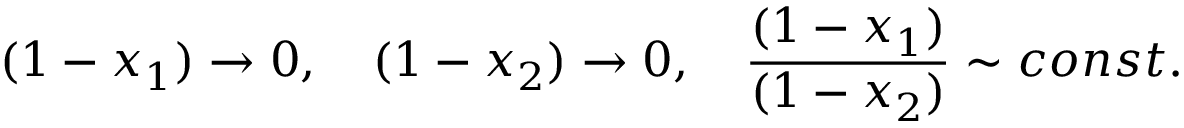
( 1 - x _ { 1 } ) \to 0 , \quad ( 1 - x _ { 2 } ) \to 0 , \quad { \frac { ( 1 - x _ { 1 } ) } { ( 1 - x _ { 2 } ) } } \sim c o n s t .